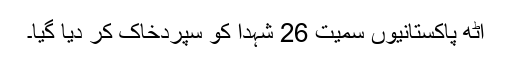
آٹھ پاکستانیوں سمیت 26 شہدا کو سپردخاک کر دیا گیا۔